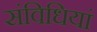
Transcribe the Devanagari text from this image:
संविधियां